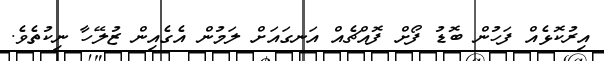
އިރުކޮޅެއް ފަހުން ބޮޑު ފޯށް ފޮއްޗެއް އަނގައަށް ލަމުން އެގެއިން ޒުލޭހާ ނިކުތެވެ.